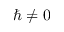
\hbar \neq 0